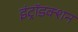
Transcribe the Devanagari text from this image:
इंट्रॉडक्शन